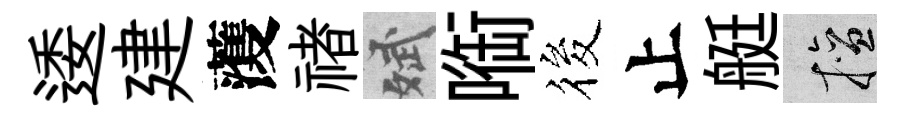
逶建𮑮禇斌㗸筱止艇擅